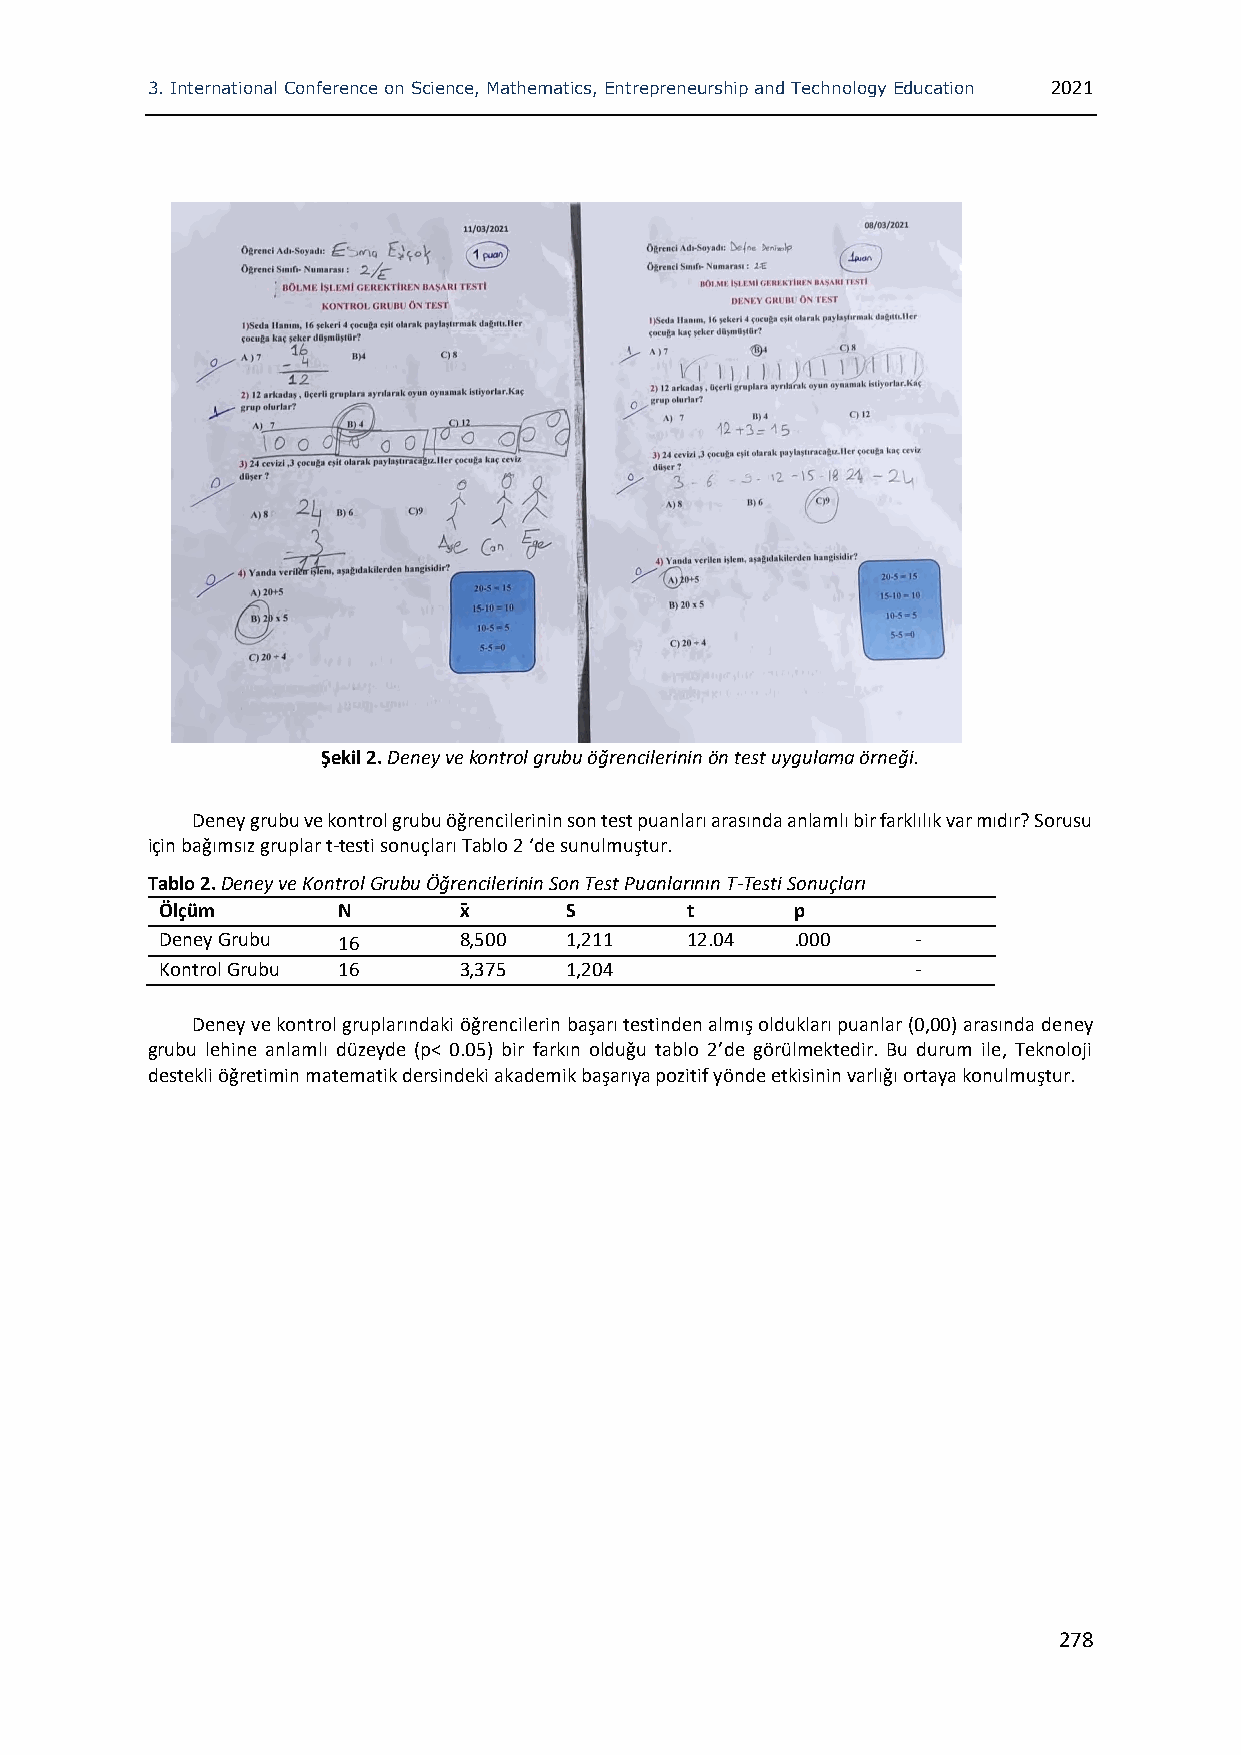
3. International Conference on Science, Mathematics, Entrepreneurship and Technology Education 2021
 Şekil 2. Deney ve kontrol grubu öğrencilerinin ön test uygulama örneği.
 Deney grubu ve kontrol grubu öğrencilerinin son test puanları arasında anlamlı bir farklılık var mıdır? Sorusu
 için bağımsız gruplar t-testi sonuçları Tablo 2 ‘de sunulmuştur.
 Tablo 2. Deney ve Kontrol Grubu Öğrencilerinin Son Test Puanlarının T-Testi Sonuçları
 Ölçüm      N       x̄     S       t       p
 Deney Grubu 16     8,500  1,211   12.04   .000    -
 Kontrol Grubu 16   3,375  1,204                   -
 Deney ve kontrol gruplarındaki öğrencilerin başarı testinden almış oldukları puanlar (0,00) arasında deney
 grubu lehine anlamlı düzeyde (p< 0.05) bir farkın olduğu tablo 2’de görülmektedir. Bu durum ile, Teknoloji
 destekli öğretimin matematik dersindeki akademik başarıya pozitif yönde etkisinin varlığı ortaya konulmuştur.
 278